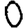
Digit: 0